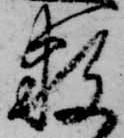
数